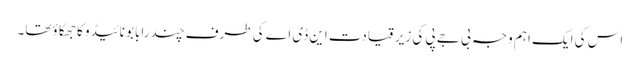
اس کی ایک اہم وجہ بی جے پی کی زیرقیادت این ڈی اے کی طرف چندرابابو نائیڈو کا جھکا ؤتھا۔